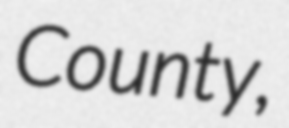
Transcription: County,